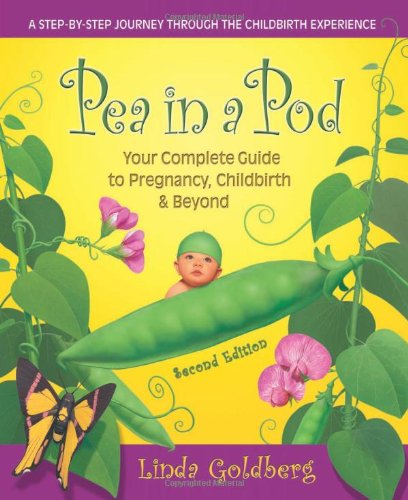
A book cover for Pea in a Pod, Second Edition: Your complete Guide to Pregnancy, Childbirth & Beyond; Linda Goldberg; Health, Fitness & Dieting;